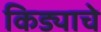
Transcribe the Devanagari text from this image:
किड्याचे